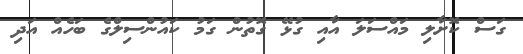
ގަސް ކޮށާލި މައްސަލަ އާއި ގުޅޭ ގޮތުން ގަމު ކައުންސިލްގެ ބަހެއް އަދި